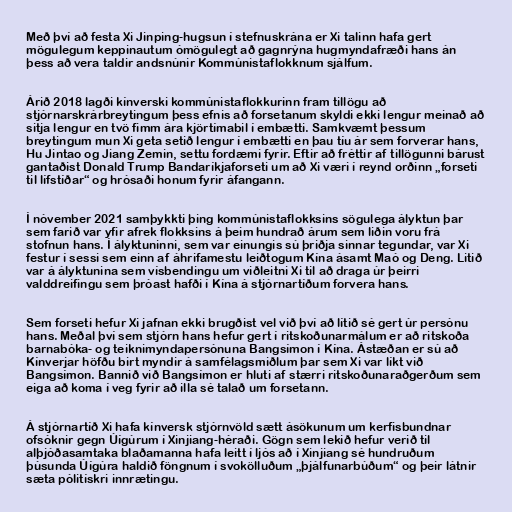
Með því að festa Xi Jinping-hugsun í stefnuskrána er Xi talinn hafa gert
mögulegum keppinautum ómögulegt að gagnrýna hugmyndafræði hans án
þess að vera taldir andsnúnir Kommúnistaflokknum sjálfum.

Árið 2018 lagði kínverski kommúnistaflokkurinn fram tillögu að
stjórnarskrárbreytingum þess efnis að forsetanum skyldi ekki lengur meinað að
sitja lengur en tvö fimm ára kjörtímabil í embætti. Samkvæmt þessum
breytingum mun Xi geta setið lengur í embætti en þau tíu ár sem forverar hans,
Hu Jintao og Jiang Zemin, settu fordæmi fyrir. Eftir að fréttir af tillögunni bárust
gantaðist Donald Trump Bandaríkjaforseti um að Xi væri í reynd orðinn „forseti
til lífstíðar“ og hrósaði honum fyrir áfangann.

Í nóvember 2021 samþykkti þing kommúnistaflokksins sögulega ályktun þar
sem farið var yfir afrek flokksins á þeim hundrað árum sem liðin voru frá
stofnun hans. Í ályktuninni, sem var einungis sú þriðja sinnar tegundar, var Xi
festur í sessi sem einn af áhrifamestu leiðtogum Kína ásamt Maó og Deng. Litið
var á ályktunina sem vísbendingu um viðleitni Xi til að draga úr þeirri
valddreifingu sem þróast hafði í Kína á stjórnartíðum forvera hans.

Sem forseti hefur Xi jafnan ekki brugðist vel við því að lítið sé gert úr persónu
hans. Meðal því sem stjórn hans hefur gert í ritskoðunarmálum er að ritskoða
barnabóka- og teiknimyndapersónuna Bangsímon í Kína. Ástæðan er sú að
Kínverjar höfðu birt myndir á samfélagsmiðlum þar sem Xi var líkt við
Bangsímon. Bannið við Bangsímon er hluti af stærri ritskoðunaraðgerðum sem
eiga að koma í veg fyrir að illa sé talað um forsetann.

Á stjórnartíð Xi hafa kínversk stjórnvöld sætt ásökunum um kerfisbundnar
ofsóknir gegn Úígúrum í Xinjiang-héraði. Gögn sem lekið hefur verið til
alþjóðasamtaka blaðamanna hafa leitt í ljós að í Xinjiang sé hundruðum
þúsunda Úígúra haldið föngnum í svokölluðum „þjálfunarbúðum“ og þeir látnir
sæta pólitískri innrætingu.